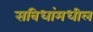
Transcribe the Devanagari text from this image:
सविधांमधील